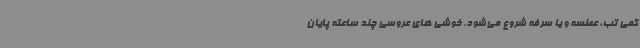
کمی تب، عطسه و یا سرفه شروع می‌شود. خوشی های عروسی چند ساعته پایان